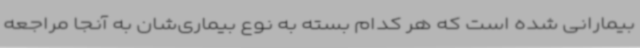
بیمارانی شده است که هر کدام بسته به نوع بیماری‌شان به آنجا مراجعه